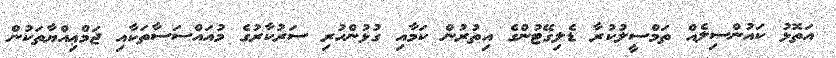
އަތޮޅު ކައުންސިލެއް ތަމްސީލުކުރާ ޑެލިގޭޓުންގެ އިތުރުން ކަމާއި ގުޅުންހުރި ސަރުކާރުގެ މުއައްސަސާތަކާއި ޖަމްޢިއްޔާތަކުން